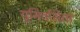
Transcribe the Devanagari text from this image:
यूनिवर्सिता